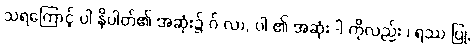
သရကြောင့် ပါ နိပါတ်၏ အဆုံး၌ ဂ် လာ, ပါ ၏ အဆုံး -ါ ကိုလည်း ၊ ရဿ ပြု,